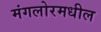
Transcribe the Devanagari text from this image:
मंगलोरमधील